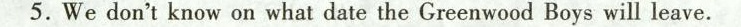
5.We don't know on what date the Greenwood Boys will leave.